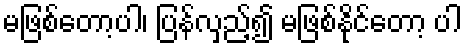
မဖြစ်တော့ပါ၊ ပြန်လှည့်၍ မဖြစ်နိုင်တော့ ပါ